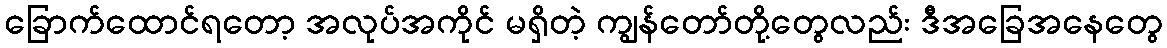
ခြောက်ထောင်ရတော့ အလုပ်အကိုင် မရှိတဲ့ ကျွန်တော်တို့တွေလည်း ဒီအခြေအနေတွေ